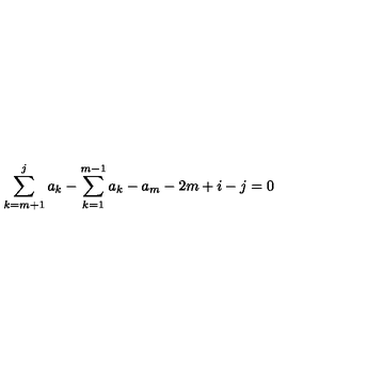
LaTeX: \sum _ { k = m + 1 } ^ { j } a _ { k } - \sum _ { k = 1 } ^ { m - 1 } a _ { k } - a _ { m } - 2 m + i - j = 0